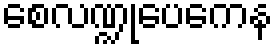
စေလဏ္ဍုပေကေန